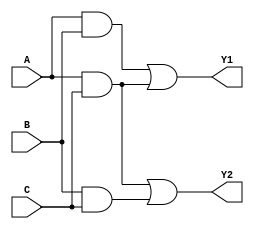
module masked_pal (
    input wire A,
    input wire B,
    input wire C,
    output wire Y1,
    output wire Y2
);

// AND gate outputs (masked configuration)
wire and1, and2, and3;

assign and1 = A & B;     // AND gate 1 (A AND B)
assign and2 = A & C;     // AND gate 2 (A AND C)
assign and3 = B & C;     // AND gate 3 (B AND C)

// OR gates (fixed configuration)
assign Y1 = and1 | and2; // OR gate 1 (Y1 = (A AND B) OR (A AND C))
assign Y2 = and2 | and3; // OR gate 2 (Y2 = (A AND C) OR (B AND C))

endmodule